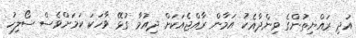
އަދި ރައްޔިތުންގެ ވިންދާއެކު އަމާން ރާއްޖެއަކަށް ދިއުމާ ގުޅޭ ވާހަކަ ކަމަށްވެސް ސޯލިހު